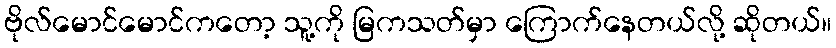
ဗိုလ်မောင်မောင်ကတော့ သူ့ကို မြကသတ်မှာ ကြောက်နေတယ်လို့ ဆိုတယ်။